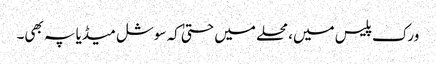
ورک پلیس میں، محلے میں حتیٰ کہ سوشل میڈیا پہ بھی۔